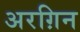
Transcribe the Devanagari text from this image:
अरग़िन